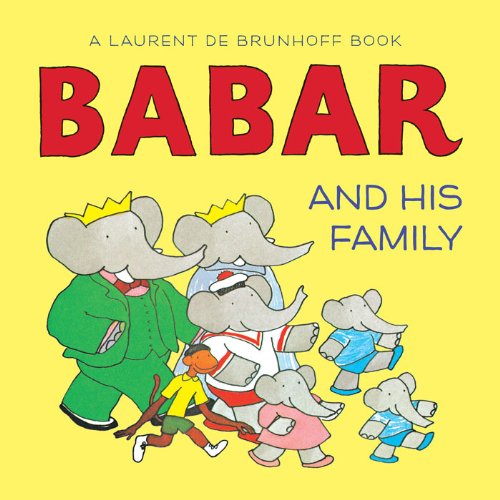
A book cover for Babar and His Family (Babar (Harry N. Abrams)); Laurent de Brunhoff; Children's Books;